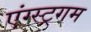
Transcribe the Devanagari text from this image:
एंग्स्ट्रगम